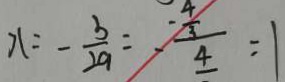
x = - \frac { b } { 2 a } = - \frac { - \frac { 4 } { 3 } } { 4 } = 1